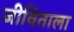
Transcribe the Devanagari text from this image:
जीविताला